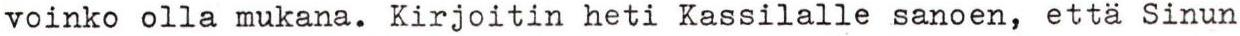
voinko olla mukana. Kirjoitin heti Kassilalle sanoen, että Sinun